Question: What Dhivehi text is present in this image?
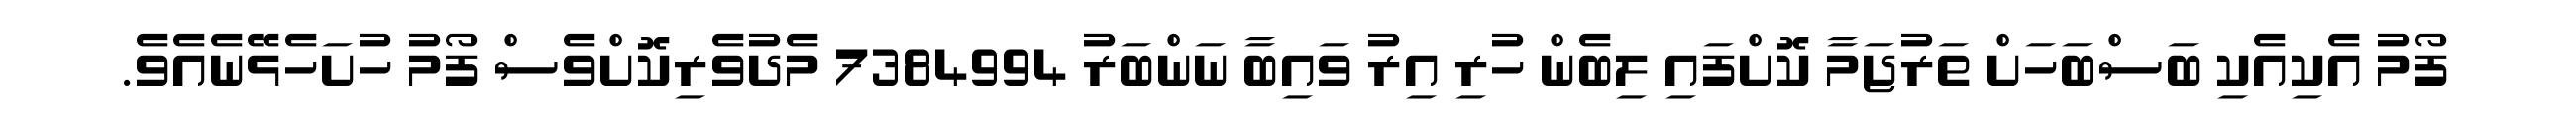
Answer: ފޯމު އެކިއެކި ބަސްބަހަށް ތަރުޖަމާ ކޮށްފައި ލިބެން ހުރި އިރު ވައިބާ ނަންބަރު 7384994 މެދުވެރިކޮށްވެސް ފޯމު ހުށަހެޅޭނެއެވެ.